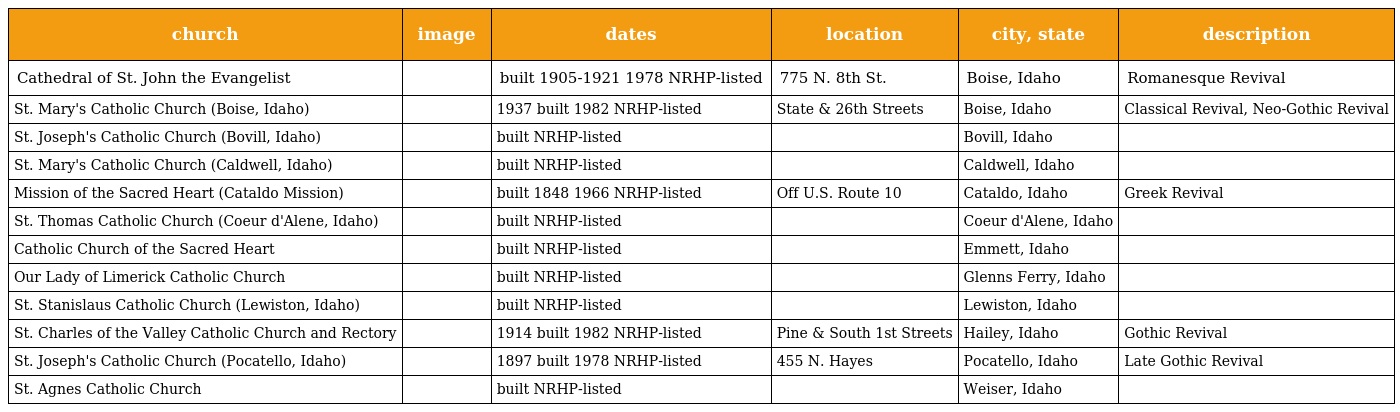
| church | image | dates | location | city, state | description |
 | --- | --- | --- | --- | --- | --- |
 | Cathedral of St. John the Evangelist |  | built 1905-1921 1978 NRHP-listed | 775 N. 8th St. | Boise, Idaho | Romanesque Revival |
 | St. Mary's Catholic Church (Boise, Idaho) |  | 1937 built 1982 NRHP-listed | State & 26th Streets | Boise, Idaho | Classical Revival, Neo-Gothic Revival |
 | St. Joseph's Catholic Church (Bovill, Idaho) |  | built NRHP-listed |  | Bovill, Idaho |  |
 | St. Mary's Catholic Church (Caldwell, Idaho) |  | built NRHP-listed |  | Caldwell, Idaho |  |
 | Mission of the Sacred Heart (Cataldo Mission) |  | built 1848 1966 NRHP-listed | Off U.S. Route 10 | Cataldo, Idaho | Greek Revival |
 | St. Thomas Catholic Church (Coeur d'Alene, Idaho) |  | built NRHP-listed |  | Coeur d'Alene, Idaho |  |
 | Catholic Church of the Sacred Heart |  | built NRHP-listed |  | Emmett, Idaho |  |
 | Our Lady of Limerick Catholic Church |  | built NRHP-listed |  | Glenns Ferry, Idaho |  |
 | St. Stanislaus Catholic Church (Lewiston, Idaho) |  | built NRHP-listed |  | Lewiston, Idaho |  |
 | St. Charles of the Valley Catholic Church and Rectory |  | 1914 built 1982 NRHP-listed | Pine & South 1st Streets | Hailey, Idaho | Gothic Revival |
 | St. Joseph's Catholic Church (Pocatello, Idaho) |  | 1897 built 1978 NRHP-listed | 455 N. Hayes | Pocatello, Idaho | Late Gothic Revival |
 | St. Agnes Catholic Church |  | built NRHP-listed |  | Weiser, Idaho |  |